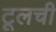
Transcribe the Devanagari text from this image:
टूलची